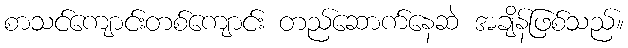
စာသင်ကျောင်းတစ်ကျောင်း တည်ဆောက်နေဆဲ အချိန်ဖြစ်သည်။